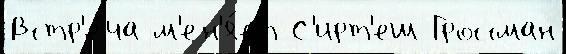
Встр'е́ча м'ен'я́ет С'ирт'еш Гроссман